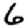
Digit: 6